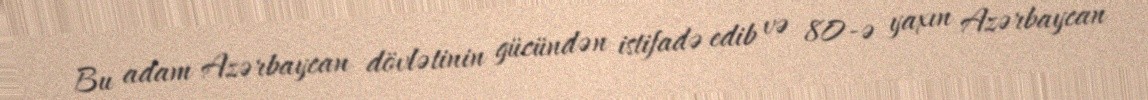
Bu adam Azərbaycan dövlətinin gücündən istifadə edib və 80-ə yaxın Azərbaycan